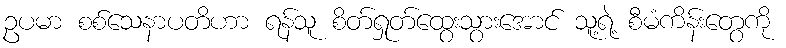
ဥပမာ စစ်သေနာပတိဟာ ရန်သူ စိတ်ရှုတ်ထွေးသွားအောင် သူ့ရဲ့ စီမံကိန်းတွေကို